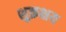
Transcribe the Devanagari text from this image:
शुक्रक्षय